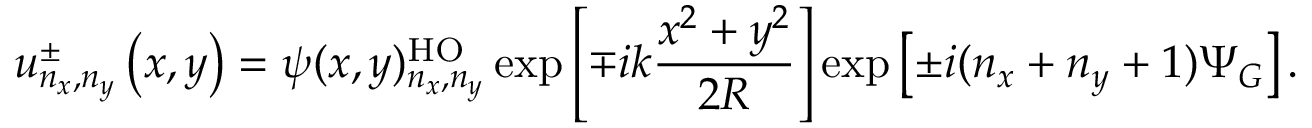
u _ { n _ { x } , n _ { y } } ^ { \pm } \left( x , y \right) = \psi ( x , y ) _ { n _ { x } , n _ { y } } ^ { \mathrm { H O } } \exp \left[ \mp i k \frac { x ^ { 2 } + y ^ { 2 } } { 2 R } \right] \exp \left[ \pm i ( n _ { x } + n _ { y } + 1 ) \Psi _ { G } \right] .